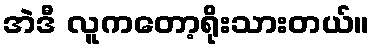
အဲဒီ လူကတော့ရိုးသားတယ်။